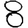
Digit: 8